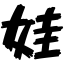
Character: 娃